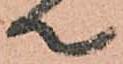
て